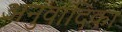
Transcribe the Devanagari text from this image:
अनुवादिका